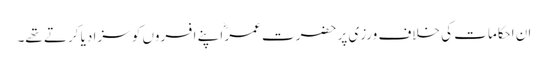
ان احکامات کی خلاف ورزی پر حضرت عمرؓ اپنے افسروں کو سزا دیا کرتے تھے۔